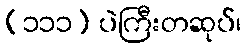
(၁၁၁) ပဲကြီးတဆုပ်၊